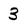
Character: 3